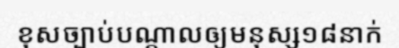
ខុសច្បាប់បណ្តាលឲ្យមនុស្ស១៨នាក់